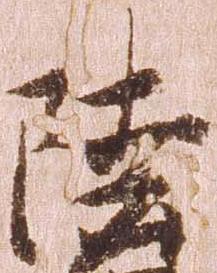
陸